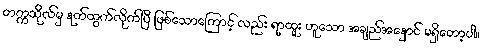
တက္ကသိုလ်မှ နုတ်ထွက်လိုက်ပြီ ဖြစ်သောကြောင့် လည်း ရာထူး ဟူသော အချည်အနှောင် မရှိတော့ပါ။